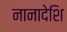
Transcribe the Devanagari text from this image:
नानादेशि